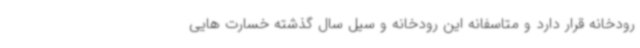
رودخانه قرار دارد و متاسفانه این رودخانه و سیل سال گذشته خسارت هایی